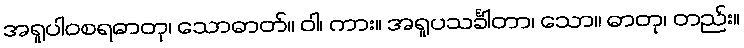
အရူပါဝစရဓာတု၊ သောဓာတ်။ ဝါ၊ ကား။ အရူပသင်္ခါတာ၊ သော။ ဓာတု၊ တည်း။